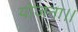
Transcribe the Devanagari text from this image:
योजना।।